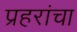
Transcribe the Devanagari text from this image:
प्रहरांचा